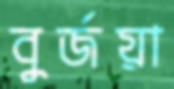
বুর্জয়া